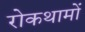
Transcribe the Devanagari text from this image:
रोकथामों